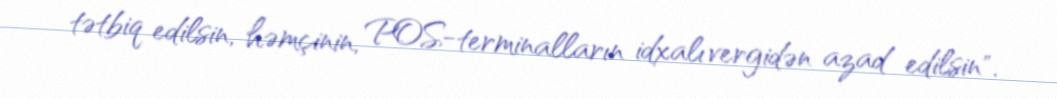
tətbiq edilsin, həmçinin, POS-terminalların idxalı vergidən azad edilsin".